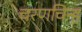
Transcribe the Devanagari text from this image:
चरणचिन्ह